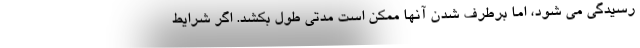
رسیدگی می شود، اما برطرف شدن آنها ممکن است مدتی طول بکشد. اگر شرایط